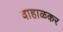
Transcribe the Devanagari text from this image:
वाहाळकर